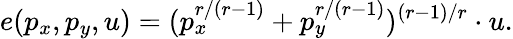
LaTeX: e(p_{x},p_{y},u)=(p_{x}^{r/(r-1)}+p_{y}^{r/(r-1)})^{(r-1)/r}\cdot u.